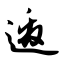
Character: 邀